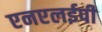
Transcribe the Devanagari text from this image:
एनएलईपी